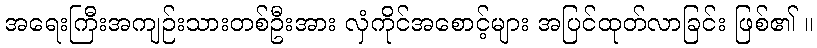
အရေးကြီးအကျဉ်းသားတစ်ဦးအား လှံကိုင်အစောင့်များ အပြင်ထုတ်လာခြင်း ဖြစ်၏ ။